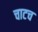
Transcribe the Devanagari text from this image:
चाटच